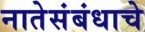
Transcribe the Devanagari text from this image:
नातेसंबंधाचे